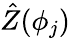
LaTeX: \hat{Z}(\phi_{j})